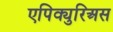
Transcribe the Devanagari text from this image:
एपिक्युरिअस